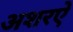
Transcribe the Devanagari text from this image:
अशरऐ